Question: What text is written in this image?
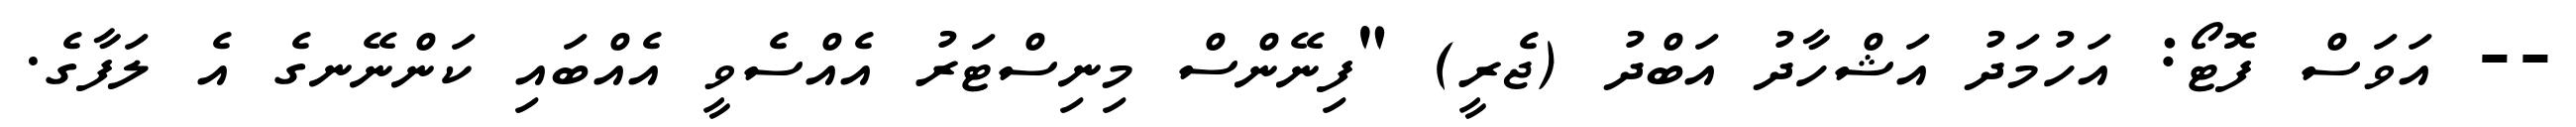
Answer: -- އަވަސް ފޮޓޯ: އަހުމަދު އަޝްހާދު އަބްދު (ޖެރީ) "ފިނޭންސް މިނިސްޓަރު އެއްސެވީ އެއްބައި ކަންނޭނގެ އެ ލަފާގެ.